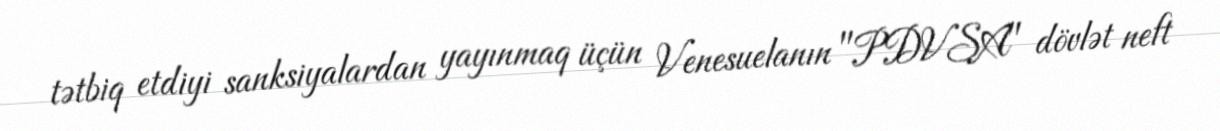
tətbiq etdiyi sanksiyalardan yayınmaq üçün Venesuelanın "PDVSA" dövlət neft